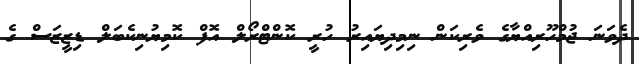
ދެވަނަ ޖުމްހޫރިއްޔާގެ ވެރިކަން ނިމިދިޔައިރު ހުރީ ކޮންޓްރޯލް އޮފް ކޮމިޔުނިކެބަލް ޑިޒީޒަސް ގެ